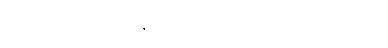
ဆွဲကြိုးကို ကြည့်ရင်း သူဇာလွင် လော့ကတ်သီးကို သတိရသွားတယ်။